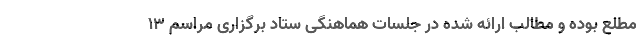
مطلع بوده و مطالب ارائه شده در جلسات هماهنگی ستاد برگزاری مراسم ۱۳